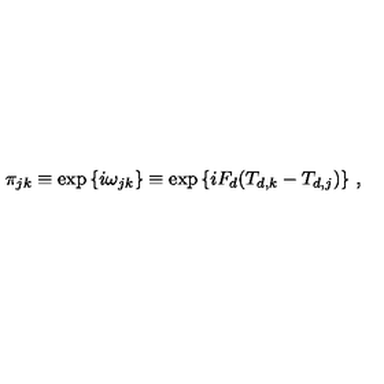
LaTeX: \pi _ { j k } \equiv \exp { \{ i \omega _ { j k } \} } \equiv \exp { \{ i F _ { d } ( T _ { d , k } - T _ { d , j } ) \} } \ ,